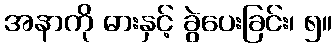
အနာကို ဓားနှင့် ခွဲပေးခြင်း၊ ၅။